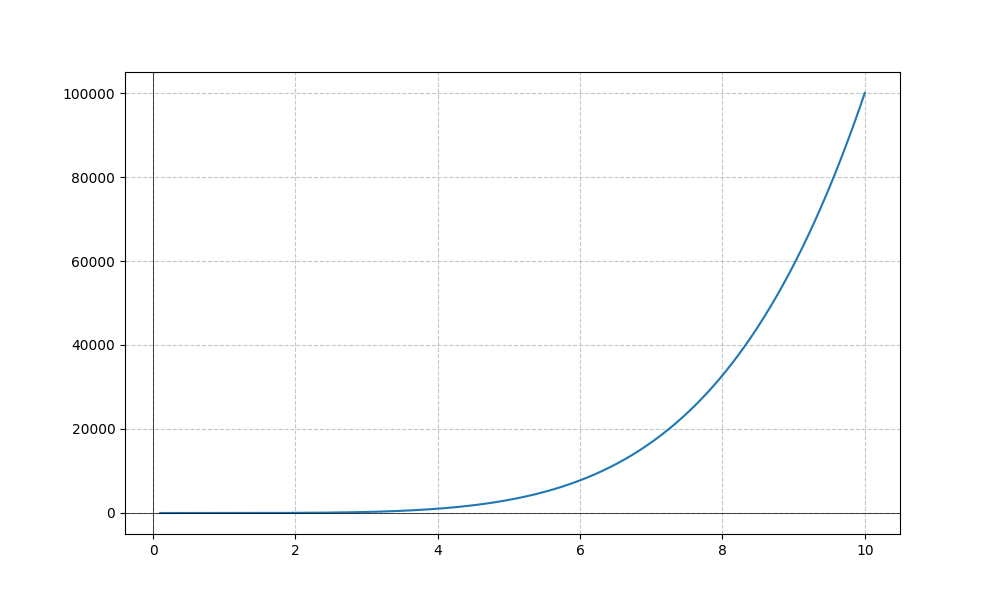
LaTeX formula: x^{5} - \cos{\left(x \right)}